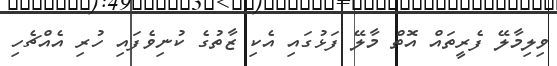
ވިލިމާލޭ ފެރީތައް އޮތް މާލޭ ފަޅުގައި އެކި ޒާތުގެ ކުނިވެފައި ހުރި އެއްޗެހި